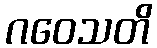
ဂဝေသတိ